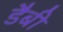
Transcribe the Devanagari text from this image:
डैबी